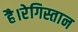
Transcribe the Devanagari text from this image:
है।रेगिस्तान